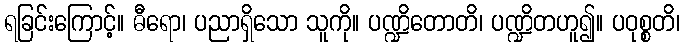
ရခြင်းကြောင့်။ ဓီရော၊ ပညာရှိသော သူကို။ ပဏ္ဍိတောတိ၊ ပဏ္ဍိတဟူ၍။ ပဝုစ္စတိ၊